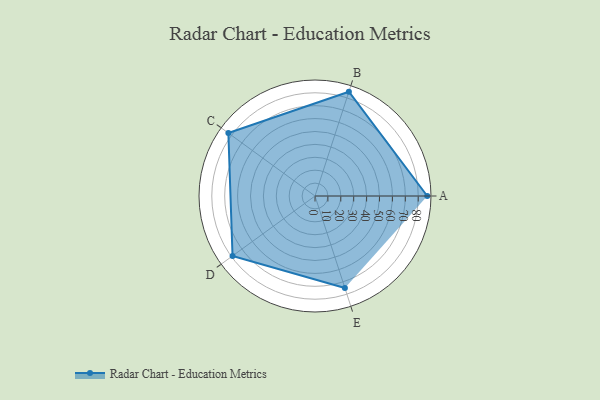
{"axis": {"x": "Skill", "y": "Score"}, "legend": ["Profile"], "data": [{"x": "A", "y": 87.0, "type": "Profile"}, {"x": "B", "y": 85.0, "type": "Profile"}, {"x": "C", "y": 83.0, "type": "Profile"}, {"x": "D", "y": 79.0, "type": "Profile"}, {"x": "E", "y": 75.0, "type": "Profile"}]}